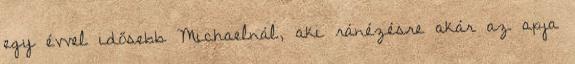
egy évvel idősebb Michaelnál, aki ránézésre akár az apja